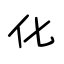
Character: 化